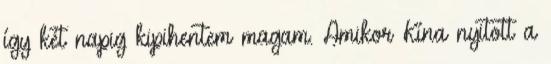
így két napig kipihentem magam. Amikor Kína nyitott a